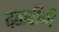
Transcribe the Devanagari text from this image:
दळवींनी